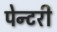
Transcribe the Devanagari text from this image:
पेन्टरी